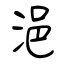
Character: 浥